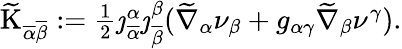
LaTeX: \begin{array}{r}{\widetilde{\mathrm{K}}_{\overline{{\alpha}}\overline{{\beta}}}:=\frac{1}{2}\jmath_{\overline{{\alpha}}}^{\alpha}\jmath_{\overline{{\beta}}}^{\beta}(\widetilde{\nabla}_{\alpha}\nu_{\beta}+g_{\alpha\gamma}\widetilde{\nabla}_{\beta}\nu^{\gamma}).}\end{array}